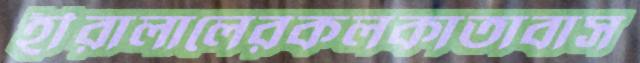
হীরালালেরকলকাতাবাস